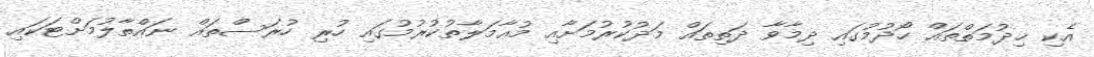
އެކި ޚިދުމަތްތައް ހޯދުމުގައި ދިމާވާ ދަތިތައް މަދުކުރުމަށާއި މުޢާމަލާތުކުރުމުގައި ހުރި ހުރަސްތައް ނައްތާލުމަށްޓަކައި